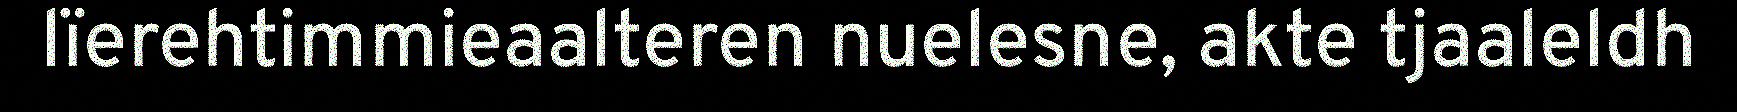
lïerehtimmieaalteren nuelesne, akte tjaaleldh